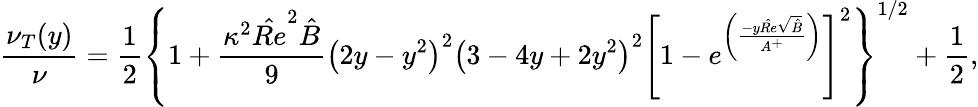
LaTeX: \frac{\nu_{T}(y)}{\nu}=\frac{1}{2}\left\{ 1+\frac{\kappa^{2}{\hat{Re}}^{2}\hat{B}}{9}\left(2y-y^{2}\right)^{2}\left(3-4y+2y^{2}\right)^{2}\left[1-e^{\left(\frac{-y\hat{Re}\sqrt{\hat{B}}}{A^{+}}\right)}\right]^{2}\right\} ^{1/2}+\frac{1}{2}\mathrm{,}